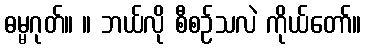
ဓမ္မဂုတ်။ ။ ဘယ်လို စီစဉ်သလဲ ကိုယ်တော်။